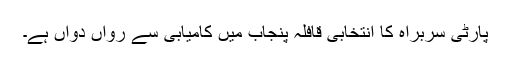
پارٹی سربراہ کا انتخابی قافلہ پنجاب میں کامیابی سے رواں دواں ہے۔